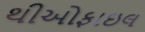
થીઓફાઇલ